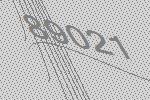
89021